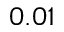
0 . 0 1